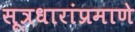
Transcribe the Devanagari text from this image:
सूत्रधारांप्रमाणे